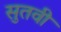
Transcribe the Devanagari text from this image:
सुतवी